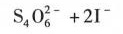
S_{4} O^{2}_{6} + 2 1$$